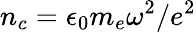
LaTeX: n_{c}=\epsilon_{0}m_{e}\omega^{2}/e^{2}